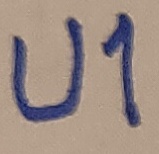
Text: U1